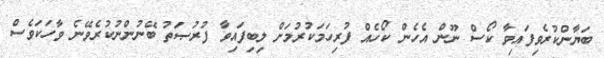
ބަޔާންކުރެވިފައިވާ ކޯސް ނޫން އެހެން ކޯހެއް ފުރިހަމަކުރުމަށް ލިބިފައިވާ ފުރުޞަތު ބޭނުންނުކުރެވޭނެ ވާހަކަވެސް